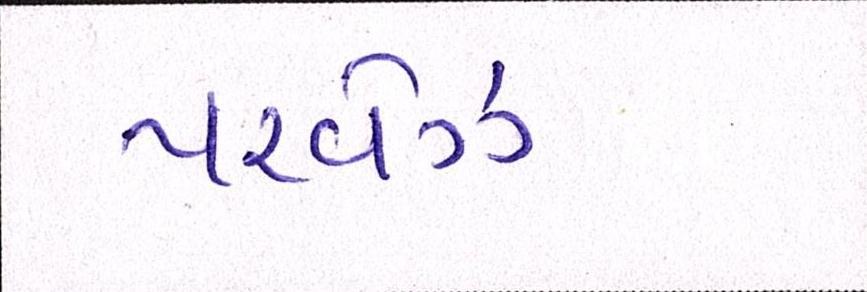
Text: પરવેઝ